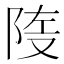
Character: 𲉑